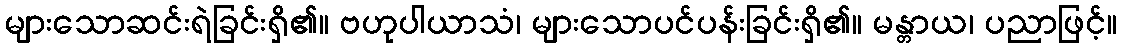
များသောဆင်းရဲခြင်းရှိ၏။ ဗဟုပါယာသံ၊ များသောပင်ပန်းခြင်းရှိ၏။ မန္တာယ၊ ပညာဖြင့်။